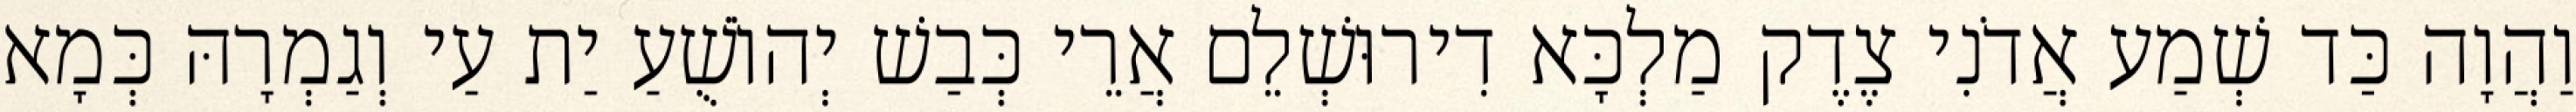
וַהֲוָה כַּד שְׁמַע אֲדֹנִי צֶדֶק מַלְכָּא דִירוּשְׁלֵם אֲרֵי כְּבַשׁ יְהוֹשֻׁעַ יַת עַי וְגַמְרָהּ כְּמָא